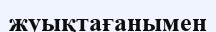
жуықтағанымен